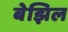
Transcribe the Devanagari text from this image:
बेझिल